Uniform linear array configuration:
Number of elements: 8
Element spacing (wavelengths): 0.5
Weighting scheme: binomial
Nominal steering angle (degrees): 30
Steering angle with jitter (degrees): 30.17
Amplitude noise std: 0.05
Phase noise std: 0.05

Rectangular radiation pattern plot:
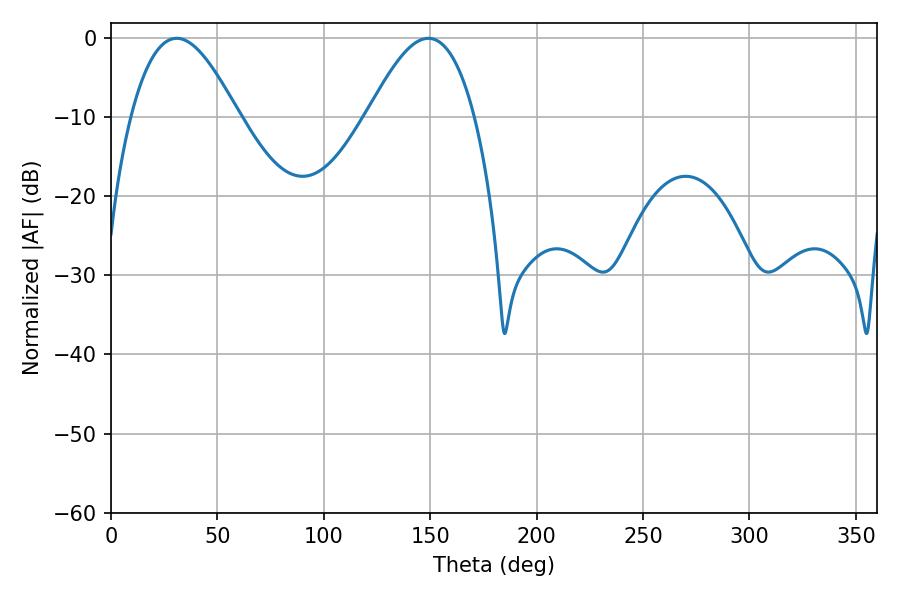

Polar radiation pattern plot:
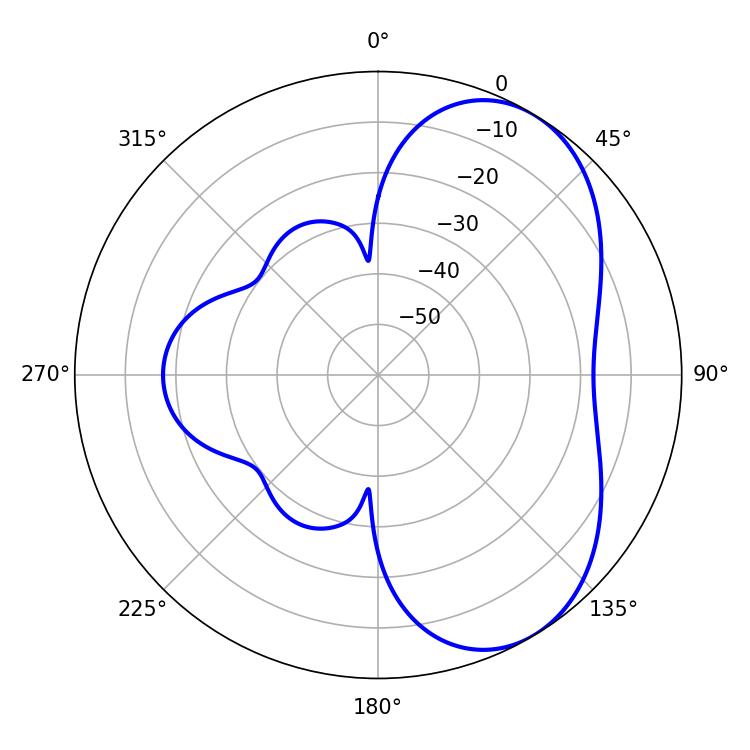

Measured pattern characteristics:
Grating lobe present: FALSE
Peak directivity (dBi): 5.494
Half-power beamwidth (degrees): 27.36
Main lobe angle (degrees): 30.78